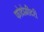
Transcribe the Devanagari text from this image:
फोटोमीटरी